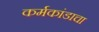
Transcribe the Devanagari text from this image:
कर्मकांडाचा